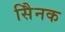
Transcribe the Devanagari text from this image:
सैिनक